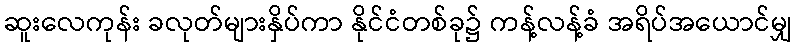
ဆူးလေကုန်း ခလုတ်များနှိပ်ကာ နိုင်ငံတစ်ခု၌ ကန့်လန့်ခံ အရိပ်အယောင်မျှ